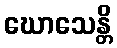
ဃောသေန္တိ